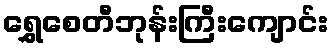
ရွှေစေတီဘုန်းကြီးကျောင်း